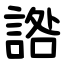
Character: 䛮